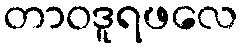
တာဝဒူရဖလေ